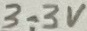
Text: 3.3V